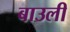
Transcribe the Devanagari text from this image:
बाउली